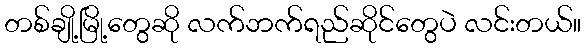
တစ်ချို့မြို့တွေဆို လက်ဘက်ရည်ဆိုင်တွေပဲ လင်းတယ်။